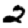
Digit: 2